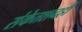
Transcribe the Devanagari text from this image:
संकेतशब्दही